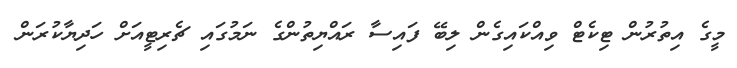
މީގެ އިތުރުން ޓިކެޓް ވިއްކައިގެން ލިބޭ ފައިސާ ރައްޔިތުންގެ ނަމުގައި ޗެރިޓީއަށް ހަދިޔާކުރަން